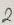
Text: 2